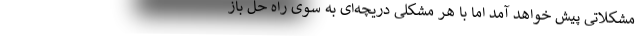
مشکلاتی پیش خواهد آمد اما با هر مشکلی دریچه‌ای به سوی راه حل باز